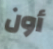
أون